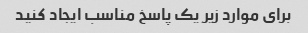
برای موارد زیر یک پاسخ مناسب ایجاد کنید